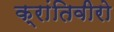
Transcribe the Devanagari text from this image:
क्रांतिवीरो